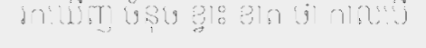
រកឃើញ ចំនុច ខ្វាះ ខាត ថា កាលបើ